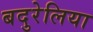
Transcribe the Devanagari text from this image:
बदुरेलिया